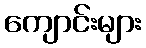
ကျောင်းများ